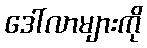
ဒေါ်လာများကို